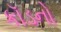
કૉડનો